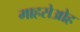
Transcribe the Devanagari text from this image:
माहसेओह